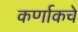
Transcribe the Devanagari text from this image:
कर्णाकचे